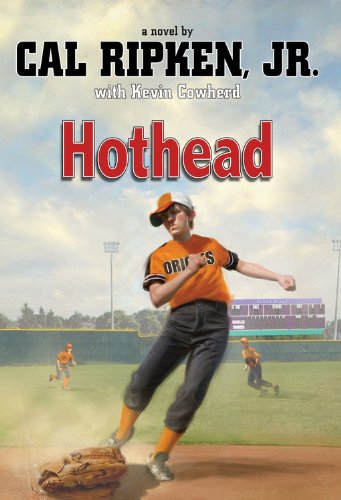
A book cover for Hothead; Cal Ripken Jr.; Children's Books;